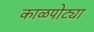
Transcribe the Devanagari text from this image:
काळपोट्या